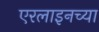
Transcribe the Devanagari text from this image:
एरलाइनच्या